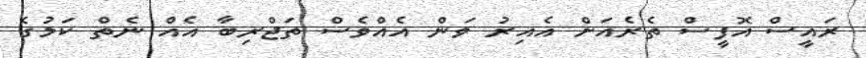
ރައީސް އޮފީސް ތެރެއަށް އެއިރު ވަން އެއްވެސް ތަޖްރިބާ އެއް ނެތް ކަމުގެ